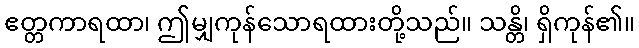
ဧတ္တကာရထာ၊ ဤမျှကုန်သောရထားတို့သည်။ သန္တိ၊ ရှိကုန်၏။